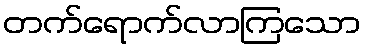
တက်ရောက်လာကြသော